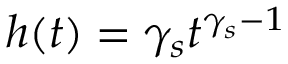
h ( t ) = \gamma _ { s } t ^ { \gamma _ { s } - 1 }